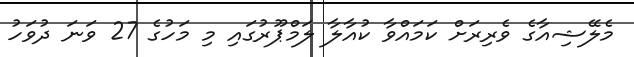
މެލޭޝިއާގެ ވެރިރަށް ކަމައްވާ ކުއާލާ ލަމްޕޫރުގައި މި މަހުގެ 27 ވަނަ ދުވަހު